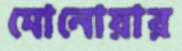
মোনোয়ার